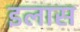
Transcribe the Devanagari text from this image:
इलास